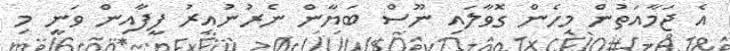
އެ ޖަމާއަތުން މިހެން ގޮވާލައި ނޫސް ބަޔާން ނެރުނުއިރު ފީފާއިން ވަނީ މި